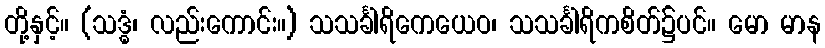
တို့နှင့်။ (သဒ္ဓံ၊ လည်းကောင်း။) သသင်္ခါရိကေယေဝ၊ သသင်္ခါရိကစိတ်၌ပင်။ မော မာန